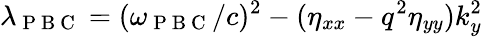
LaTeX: \lambda_{\mathrm{~P~B~C~}}=(\omega_{\mathrm{~P~B~C~}}/c)^{2}-(\eta_{xx}-q^{2}\eta_{yy})k_{y}^{2}